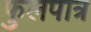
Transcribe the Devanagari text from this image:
फुलपात्र